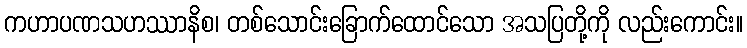
ကဟာပဏသဟဿာနိစ၊ တစ်သောင်းခြောက်ထောင်သော အသပြတို့ကို လည်းကောင်း။